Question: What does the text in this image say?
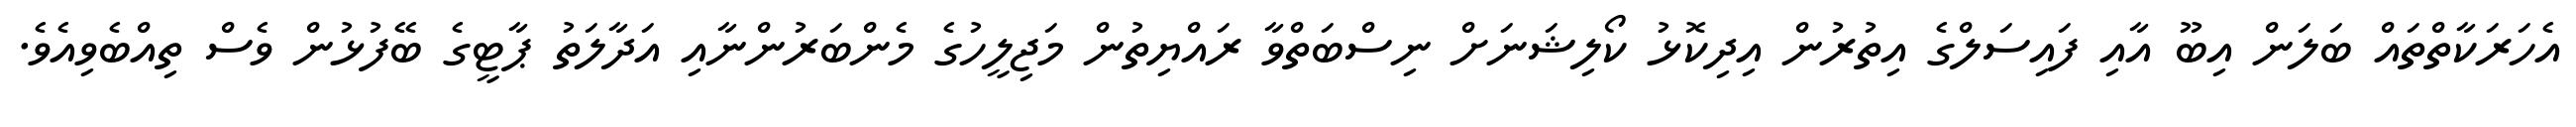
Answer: އެހަރަކާތްތައް ބަލަން އިބޫ އާއި ފައިސަލްގެ އިތުރުން އިދިކޮޅު ކޯލިޝަނަށް ނިސްބަތްވާ ރައްޔިތުން މަޖިލީހުގެ މެންބަރުންނާއި އަދާލަތު ޕާޓީގެ ބޭފުޅުން ވެސް ތިއްބެވިއެވެ.